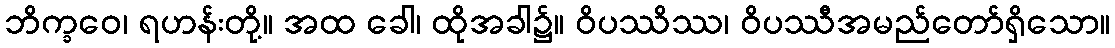
ဘိက္ခဝေ၊ ရဟန်းတို့။ အထ ခေါ၊ ထိုအခါ၌။ ဝိပဿိဿ၊ ဝိပဿီအမည်တော်ရှိသော။